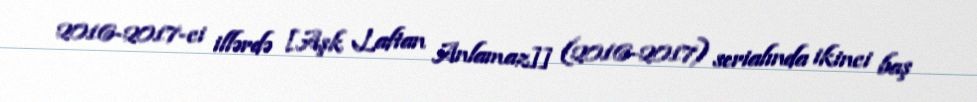
2016-2017-ci illərdə [Aşk Laftan Anlamaz]] (2016-2017) serialında ikinci baş